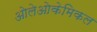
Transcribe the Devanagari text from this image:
ओलेओकेमिकल